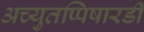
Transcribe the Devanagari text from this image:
अच्युतप्पिषारडी